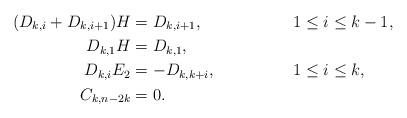
LaTeX: \begin{align*}(D_{k,i}+D_{k,i+1})H & =D_{k,i+1}, && 1\leq i\leq k-1,\\D_{k,1}H & =D_{k,1},\\D_{k,i}E_2 & =-D_{k,k+i}, && 1\leq i\leq k,\\C_{k,n-2k} & =0.\end{align*}